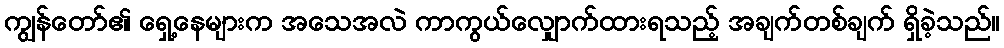
ကျွန်တော်၏ ရှေ့နေများက အသေအလဲ ကာကွယ်လျှောက်ထားရသည့် အချက်တစ်ချက် ရှိခဲ့သည်။